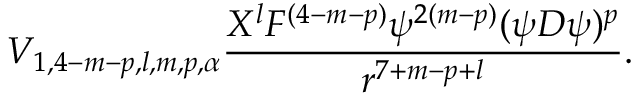
V _ { 1 , 4 - m - p , l , m , p , \alpha } \frac { X ^ { l } F ^ { ( 4 - m - p ) } \psi ^ { 2 ( m - p ) } ( \psi D \psi ) ^ { p } } { r ^ { 7 + m - p + l } } .